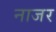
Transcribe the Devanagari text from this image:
नाजर